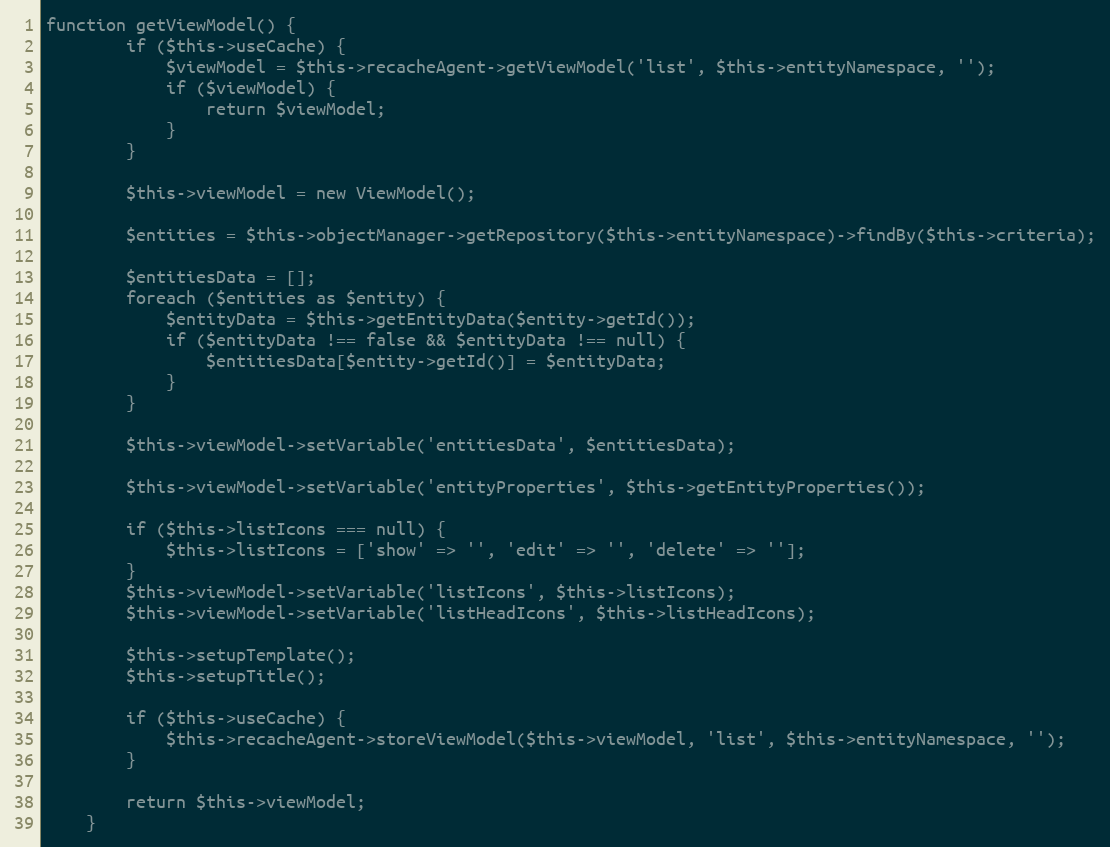
Language: PHP
function getViewModel() {
		if ($this->useCache) {
			$viewModel = $this->recacheAgent->getViewModel('list', $this->entityNamespace, '');
			if ($viewModel) {
				return $viewModel;
			}
		}

		$this->viewModel = new ViewModel();

		$entities = $this->objectManager->getRepository($this->entityNamespace)->findBy($this->criteria);

		$entitiesData = [];
		foreach ($entities as $entity) {
			$entityData = $this->getEntityData($entity->getId());
			if ($entityData !== false && $entityData !== null) {
				$entitiesData[$entity->getId()] = $entityData;
			}
		}

		$this->viewModel->setVariable('entitiesData', $entitiesData);

		$this->viewModel->setVariable('entityProperties', $this->getEntityProperties());

		if ($this->listIcons === null) {
			$this->listIcons = ['show' => '', 'edit' => '', 'delete' => ''];
		}
		$this->viewModel->setVariable('listIcons', $this->listIcons);
		$this->viewModel->setVariable('listHeadIcons', $this->listHeadIcons);

		$this->setupTemplate();
		$this->setupTitle();

		if ($this->useCache) {
			$this->recacheAgent->storeViewModel($this->viewModel, 'list', $this->entityNamespace, '');
		}

		return $this->viewModel;
	}